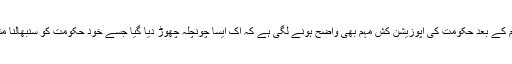
تاہم اس اقدام کے بعد حکومت کی اپوزیشن کش مہم بھی واضح ہونے لگی ہے کہ اک ایسا چونچلہ چھوڑ دیا گیا جسے خود حکومت کو سنبھالنا مشکل ہو گیا۔